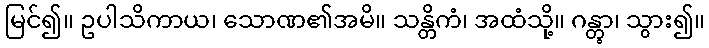
မြင်၍။ ဥပါသိကာယ၊ သောဏ၏အမိ။ သန္တိကံ၊ အထံသို့။ ဂန္တွာ၊ သွား၍။